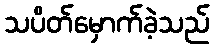
သပိတ်မှောက်ခဲ့သည်